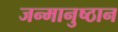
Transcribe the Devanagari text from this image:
जन्मानुष्ठान